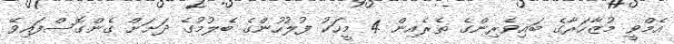
އެމްވީ މުޒާހަރާގެ ބައިވެރިންގެ ތެރެއިން 4 މީހަކު ފުލުހުންގެ ބެލުމުގެ ދަށަށް ގެންގޮސްފައިވޭ